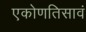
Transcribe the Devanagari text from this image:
एकोणतिसावं